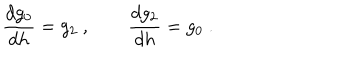
LaTeX: \frac { d g _ { 0 } } { d h } = g _ { 2 } ~ , \qquad \frac { d g _ { 2 } } { d h } = g _ { 0 } ~ .